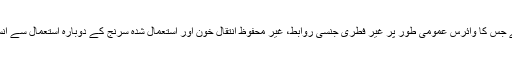
ایڈز ایک جان لیوا بیماری ہے جس کا وائرس عمومی طور پر غیر فطری جنسی روابط، غیر محفوظ انتقال خون اور استعمال شدہ سرنج کے دوبارہ استعمال سے انسانی جسم میں منتقل ہوتا ہے۔